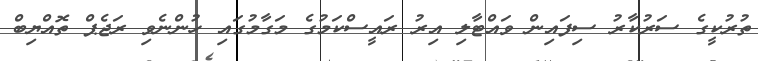
ތުރުކީގެ ސަރުކާރު ސިފައިން ވައްޓާލި އިރު ރައީސްކަމުގެ މަގާމުގައި ހުންނެވި ރަޖެޕް ތޮއްޔިބް